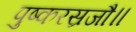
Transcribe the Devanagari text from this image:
पुष्करस्रजौ॥